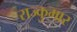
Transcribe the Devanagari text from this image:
राज्कुमार